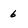
Character: 6